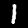
Digit: 1